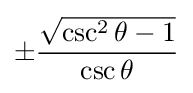
\pm {\frac {\sqrt {\csc ^{2}\theta -1}}{\csc \theta }}